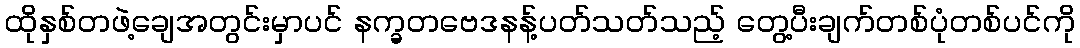
ထိုနှစ်တဖဲ့ချေအတွင်းမှာပင် နက္ခတဗေဒနန့်ပတ်သတ်သည့် တွေ့ပီးချက်တစ်ပုံတစ်ပင်ကို